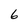
Character: 6